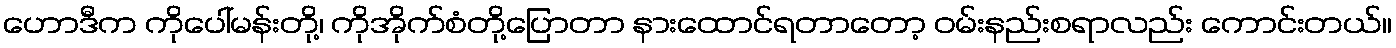
ဟောဒီက ကိုပေါ်မန်းတို့၊ ကိုအိုက်စံတို့ပြောတာ နားထောင်ရတာတော့ ဝမ်းနည်းစရာလည်း ကောင်းတယ်။